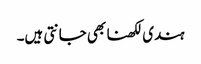
ہندی لکھنا بھی جانتی ہیں۔